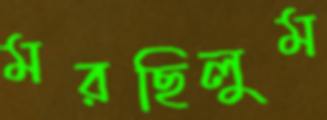
মরছিলুম